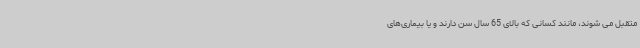
متقبل می شوند، مانند کسانی که بالای 65 سال سن دارند و یا بیماری‌های